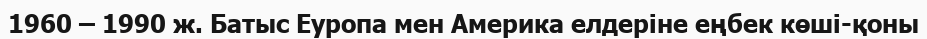
1960 – 1990 ж. Батыс Еуропа мен Америка елдеріне еңбек көші-қоны